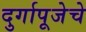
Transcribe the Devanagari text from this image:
दुर्गापूजेचे